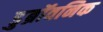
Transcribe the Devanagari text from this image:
डुब्रॉवनिक